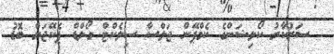
ސަރުކާރު ކޯލިޝަންގެ ކެމްޕޭން ޖަލްސާ ސިލެކްޓް ގޯލްޑް ޕެކޭޖަށް ބޮޑު